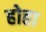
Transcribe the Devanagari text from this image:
होहा